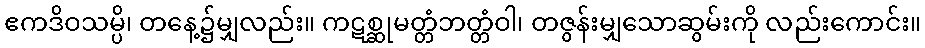
ဧကဒိဝသမ္ပိ၊ တနေ့၌မျှလည်း။ ကဋစ္ဆုမတ္တံဘတ္တံဝါ၊ တဇွန်းမျှသောဆွမ်းကို လည်းကောင်း။